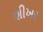
શીખર